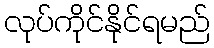
လုပ်ကိုင်နိုင်ရမည်